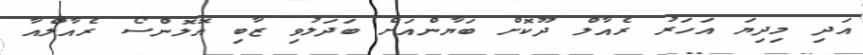
އަދި މިދިޔަ އަހަރު ރެއާލް ދޫކޮށް ބަޔާންއަށް ބަދަލުވި ޒާބި އޮލޮންސޯ ރެއާލްއާ